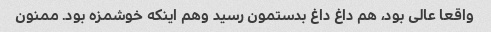
واقعا عالی بود، هم داغ داغ بدستمون رسید وهم اینکه خوشمزه بود. ممنون